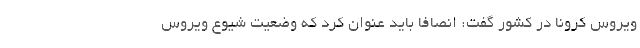
ویروس کرونا در کشور گفت: انصافا باید عنوان کرد که وضعیت شیوع ویروس